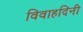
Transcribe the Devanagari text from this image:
विवाहदिनी